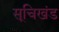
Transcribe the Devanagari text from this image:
सूचिखंड